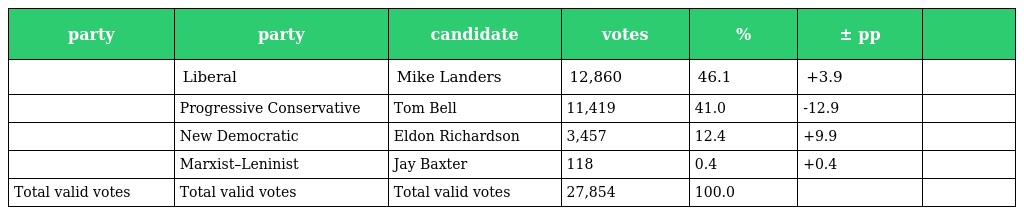
| party | party | candidate | votes | % | ± pp |  |
 | --- | --- | --- | --- | --- | --- | --- |
 |  | Liberal | Mike Landers | 12,860 | 46.1 | +3.9 |  |
 |  | Progressive Conservative | Tom Bell | 11,419 | 41.0 | -12.9 |  |
 |  | New Democratic | Eldon Richardson | 3,457 | 12.4 | +9.9 |  |
 |  | Marxist–Leninist | Jay Baxter | 118 | 0.4 | +0.4 |  |
 | Total valid votes | Total valid votes | Total valid votes | 27,854 | 100.0 |  |  |